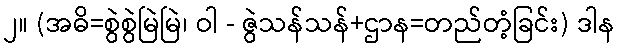
၂။ (အဓိ=စွဲစွဲမြဲမြဲ၊ ဝါ - ဇွဲသန်သန်+ဌာန=တည်တံ့ခြင်း) ဒါန